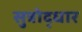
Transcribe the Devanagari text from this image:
सुत्रोद्धार